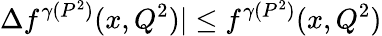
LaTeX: \Delta f^{\gamma(P^{2})}(x,Q^{2})|\leq f^{\gamma(P^{2})}(x,Q^{2})